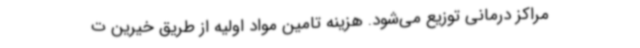
مراکز درمانی توزیع می‌شود. هزینه تامین مواد اولیه از طریق خیرین ت